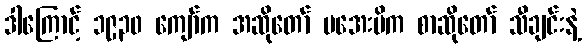
ဒါကြောင့် ၁၉၃၀ ကျော်က အဆိုတော် မအေးမိက စာဆိုတော် သီချင်းနဲ့